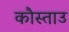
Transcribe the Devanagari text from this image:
कौस्ताउ